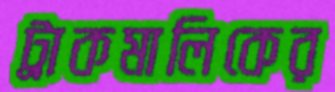
ট্রাকমালিকের